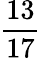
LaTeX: \frac{13}{17}